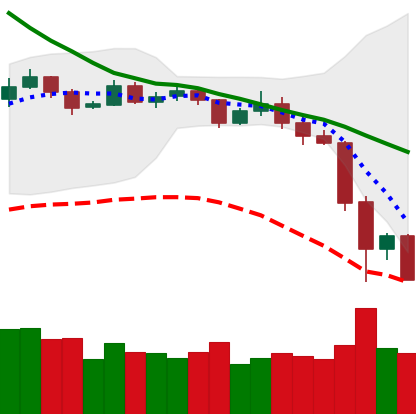
Ticker: ETH-USD
Chart end date: 2019-11-24
Forward return: 8.73%
Label: up_7plus